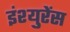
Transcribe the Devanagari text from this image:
इंश्युरेंस